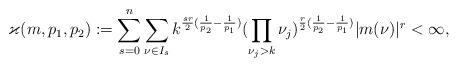
LaTeX: \begin{align*}\varkappa(m,p_1,p_2):=\sum_{s=0}^n\sum_{\nu\in I_s}k^{\frac{sr}{2}(\frac{1}{p_2}-\frac{1}{p_1})} (\prod_{\nu_j>k}\nu_j )^{\frac{r}{2}(\frac{1}{p_2}-\frac{1}{p_1})}|m(\nu)|^r<\infty,\end{align*}